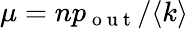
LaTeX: \mu=np_{\mathrm{~o~u~t~}}/\langle k\rangle